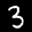
Label: 3